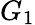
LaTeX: G_{1}